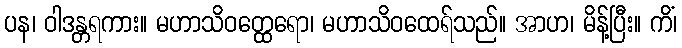
ပန၊ ဝါဒန္တရကား။ မဟာသိဝတ္ထေရော၊ မဟာသိဝထေရ်သည်။ အာဟ၊ မိန့်ပြီး။ ကိံ၊